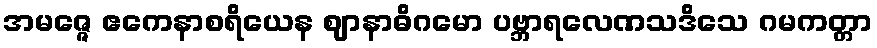
အမဇ္ဇေ ဧကေနာစရိယေန ဈာနာဓိဂမော ပဗ္ဘာရလေဏသဒိသေ ဂမကတ္တာ